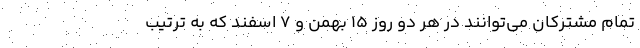
تمام مشترکان می‌توانند در هر دو روز ۱۵ بهمن و ۷ اسفند که به ترتیب